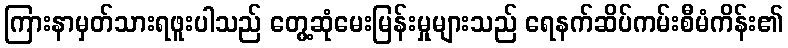
ကြားနာမှတ်သားရဖူးပါသည် တွေ့ဆုံမေးမြန်းမှုများသည် ရေနက်ဆိပ်ကမ်းစီမံကိန်း၏